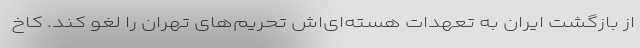
از بازگشت ایران به تعهدات هسته‌ای‌اش تحریم‌های تهران را لغو کند. کاخ